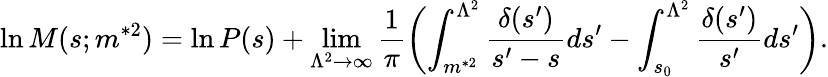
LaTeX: \ln M(s;m^{*2})=\ln P(s)+\operatorname*{lim}_{\Lambda^{2}\rightarrow\infty}\frac{1}{\pi}\biggl(\int_{m^{*2}}^{\Lambda^{2}}\frac{\delta(s^{\prime})}{s^{\prime}-s}ds^{\prime}-\int_{s_{0}}^{\Lambda^{2}}\frac{\delta(s^{\prime})}{s^{\prime}}ds^{\prime}\biggr).